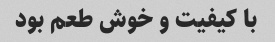
با کیفیت و خوش طعم بود